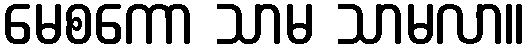
မေစကော သာမ သာမလာ။